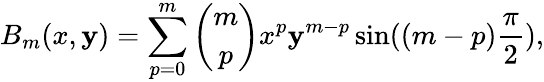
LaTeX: B_{m}(x,\mathbf{y})=\sum_{p=0}^{m}{\binom{m}{p}}x^{p}\mathbf{y}^{m-p}\sin((m-p){\frac{{\pi}}{{2}}}),